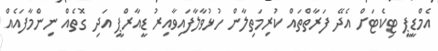
އެމްޑީޕީ ޓިކެޓަށް އެދޭ ފަރާތްތައް ކުރިމަތިލާން ހުޅުވާލާފައިވާއިރު ޑީއާރްޕީ އަދި ގޮތެއް ނިންމާފައެއް